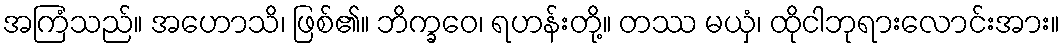
အကြံသည်။ အဟောသိ၊ ဖြစ်၏။ ဘိက္ခဝေ၊ ရဟန်းတို့။ တဿ မယှံ၊ ထိုငါဘုရားလောင်းအား။